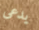
يدعى